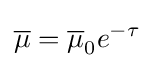
{\overline {\mu }}={\overline {\mu }}_{0}e^{-\tau }